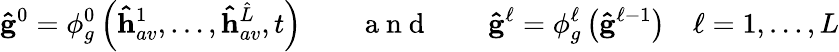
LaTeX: \mathbf{\hat{g}}^{0}=\phi_{g}^{0}\left(\mathbf{\hat{h}}_{av}^{1},\dots,\mathbf{\hat{h}}_{av}^{\hat{L}},t\right)\qquad\mathrm{~a~n~d~}\qquad\mathbf{\hat{g}}^{\ell}=\phi_{g}^{\ell}\left(\mathbf{\hat{g}}^{\ell-1}\right)\quad\ell=1,\dots,L